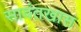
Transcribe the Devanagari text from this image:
सावंतखास